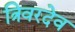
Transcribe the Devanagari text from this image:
त्रिवरदेव